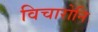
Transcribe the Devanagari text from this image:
विचारोनि